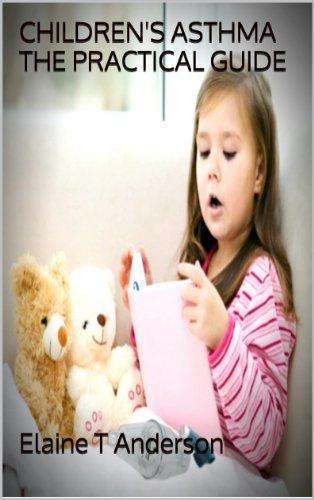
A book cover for Children's Asthma The Practical Guide (Practical Children's Asthma Book 1); Elaine T Anderson; Health, Fitness & Dieting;